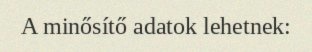
A minősítő adatok lehetnek: